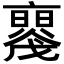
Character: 𠆝